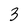
Character: 3